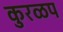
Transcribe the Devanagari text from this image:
कुरळप